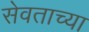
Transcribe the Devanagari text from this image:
सेवताच्या